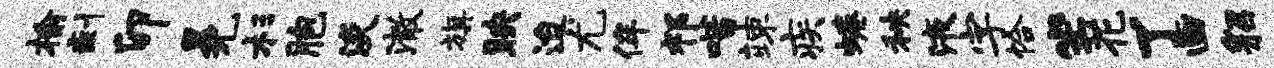
榆剩卯冕杉胞淡澈旗映迨尤侔祁喈竦疾蜷秧液字恰坐花了画貂